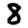
Digit: 8